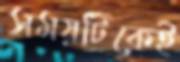
সময়টিকেই